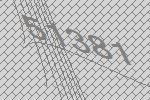
51381